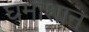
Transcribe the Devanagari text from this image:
घमाशान